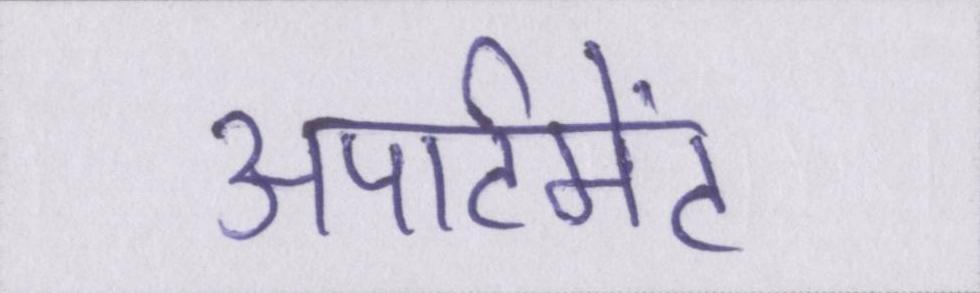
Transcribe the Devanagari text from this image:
अपार्टमेंट